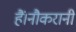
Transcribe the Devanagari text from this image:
हैं।नौकरानी